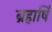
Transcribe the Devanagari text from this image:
ब्रहार्षि